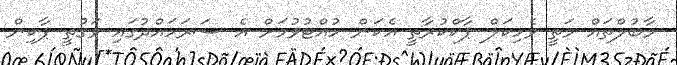
މާބުލްތައް މަތީ ވެހިކަލް ޕާކްކުރާތީ އެކަން ހުއްޓުވުމަށް އެ ސަރަހައްދުގައި ވަގުތީ ޕާކިން